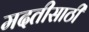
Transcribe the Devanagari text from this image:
मदतीसाठीं